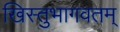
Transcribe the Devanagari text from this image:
खिस्तुभागवतम्